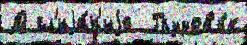
Д сл'иjа́н'иjе  Грузов'и́к